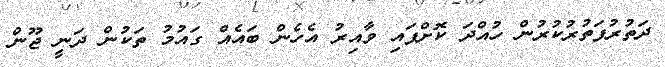
ދަތުރުފަތުރުކުރުން ހުއްދަ ކޮށްފައި ވާއިރު އެހެން ބައެއް ގައުމު ތަކުން ދަނީ ޖޫން